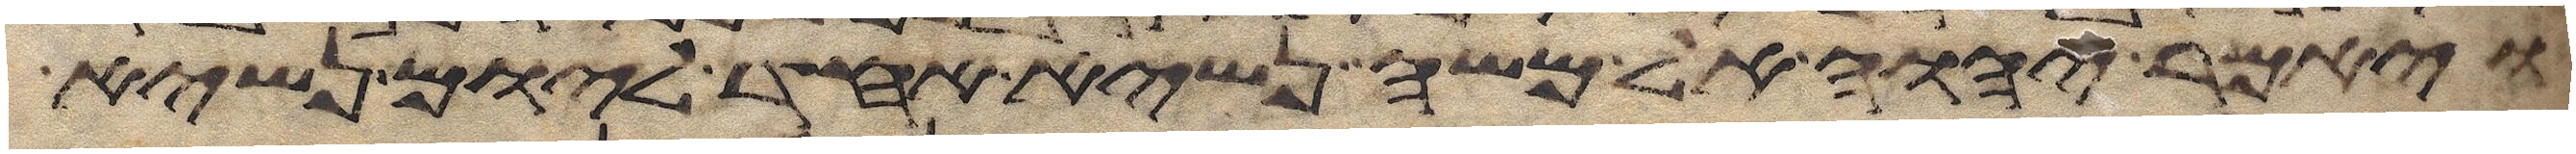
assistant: ויאמר יהוה אל משה נשיא אחד ליום נשיא